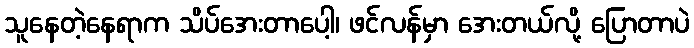
သူနေတဲ့နေရာက သိပ်အေးတာပေါ့၊ ဖင်လန်မှာ အေးတယ်လို့ ပြောတာပဲ